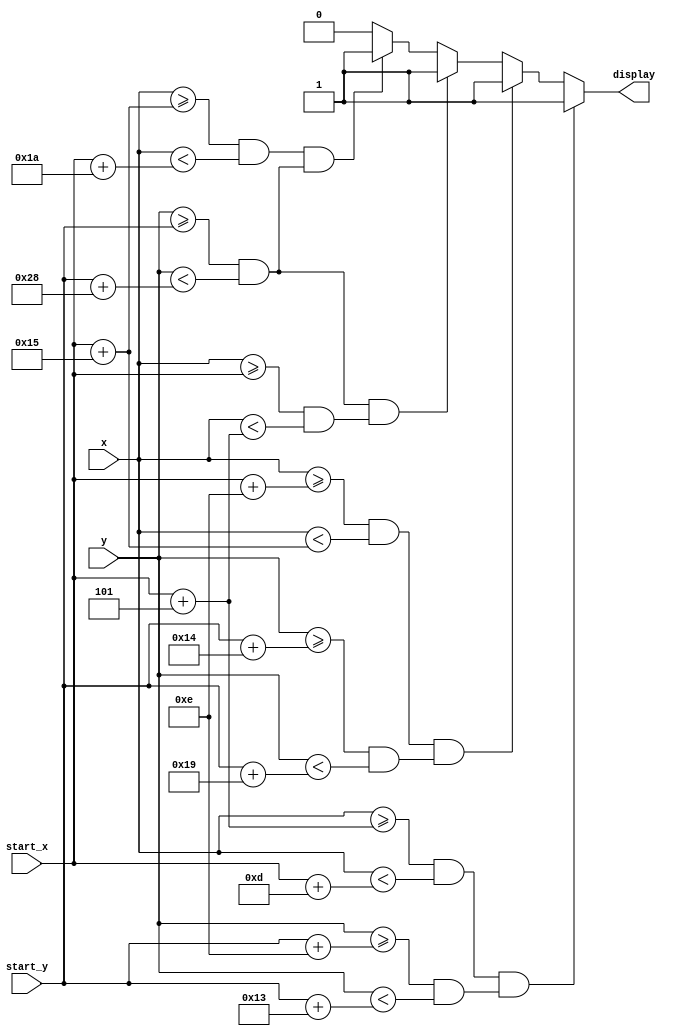
`timescale 1ns / 1ps
//////////////////////////////////////////////////////////////////////////////////
// Company: 
// Engineer: 
// 
// Design Name: 
// Module Name: char_h
// Project Name: 
// Target Devices: 
// Tool Versions: 
// Description: 
// 
// Dependencies: 
// 
// Revision:
// Revision 0.01 - File Created
// Additional Comments:
// 
//////////////////////////////////////////////////////////////////////////////////


module char_n(
    input [31:0] start_x,
    input [31:0] start_y,
    input [9:0] x,
    input [9:0] y,
    output reg display
    );
    
    initial
        display = 0;
    always @(x or y)
    begin
    
        if((x >= start_x + 5) && (x < start_x + 13)
        && ((y >= start_y + 14) && (y < start_y + 19))) 
            display = 1;
        else if((x >= start_x + 14) && (x < start_x + 21)
        && ((y >= start_y + 20) && (y < start_y + 25))) 
            display = 1;
        else if((y >= start_y) && (y < start_y + 40)
        && ((x >= start_x) && (x < start_x + 5))) 
            display = 1;
        else if((x >= start_x + 21) && (x < start_x + 26)
        && ((y >= start_y) && (y < start_y + 40))) 
            display = 1;
        else display = 0;
    end
endmodule